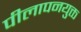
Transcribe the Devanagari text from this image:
पीलापनयुक्त